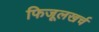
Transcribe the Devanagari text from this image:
फिजूलखर्च